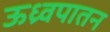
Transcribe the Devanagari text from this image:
ऊध्र्वपातन